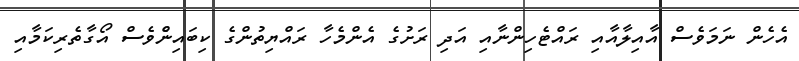
އެހެން ނަމަވެސް އާއިލާއާއި ރައްޓެހިންނާއި އަދި ރަށުގެ އެންމެހާ ރައްޔިތުންގެ ކިބައިނެްވެސް އޯގާތެރިކަމާއި